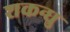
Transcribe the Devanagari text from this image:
शकन्धु